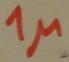
Text: 1µ